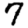
Digit: 7